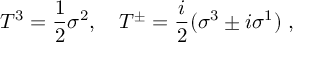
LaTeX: T ^ { 3 } = \frac { 1 } { 2 } \sigma ^ { 2 } , ~ ~ ~ T ^ { \pm } = \frac { i } { 2 } ( \sigma ^ { 3 } \pm i \sigma ^ { 1 } ) ~ ,